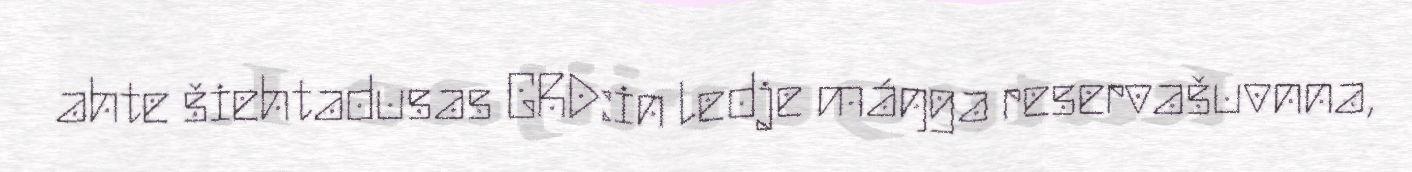
ahte šiehtadusas GRD:in ledje máŋga reservašuvnna,